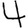
Digit: 4